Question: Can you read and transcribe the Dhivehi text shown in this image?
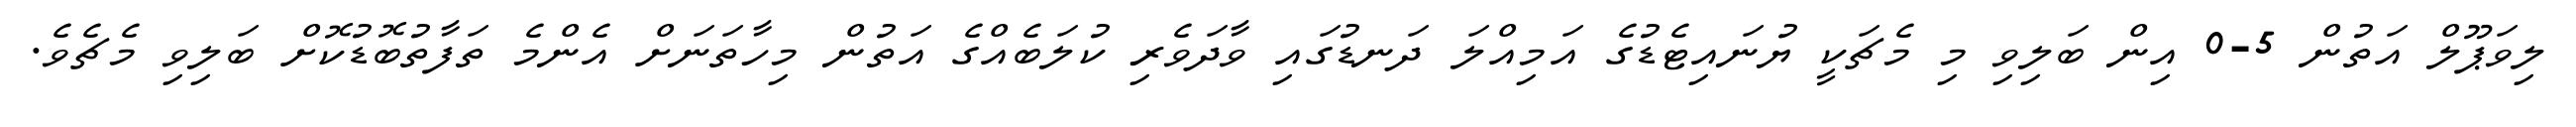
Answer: ލިވަޕޫލް އަތުން 5-0 އިން ބަލިވި މި މެޗަކީ ޔުނައިޓެޑުގެ އަމިއްލަ ދަނޑުގައި ވާދަވެރި ކުލަބެއްގެ އަތުން މިހާތަނަށް އެންމެ ތަފާތުބޮޑުކޮށް ބަލިވި މެޗެވެ.